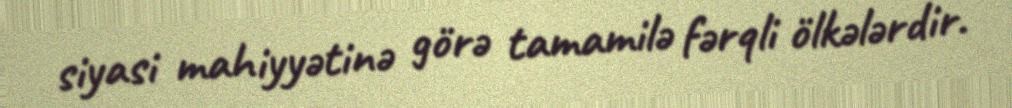
siyasi mahiyyətinə görə tamamilə fərqli ölkələrdir.